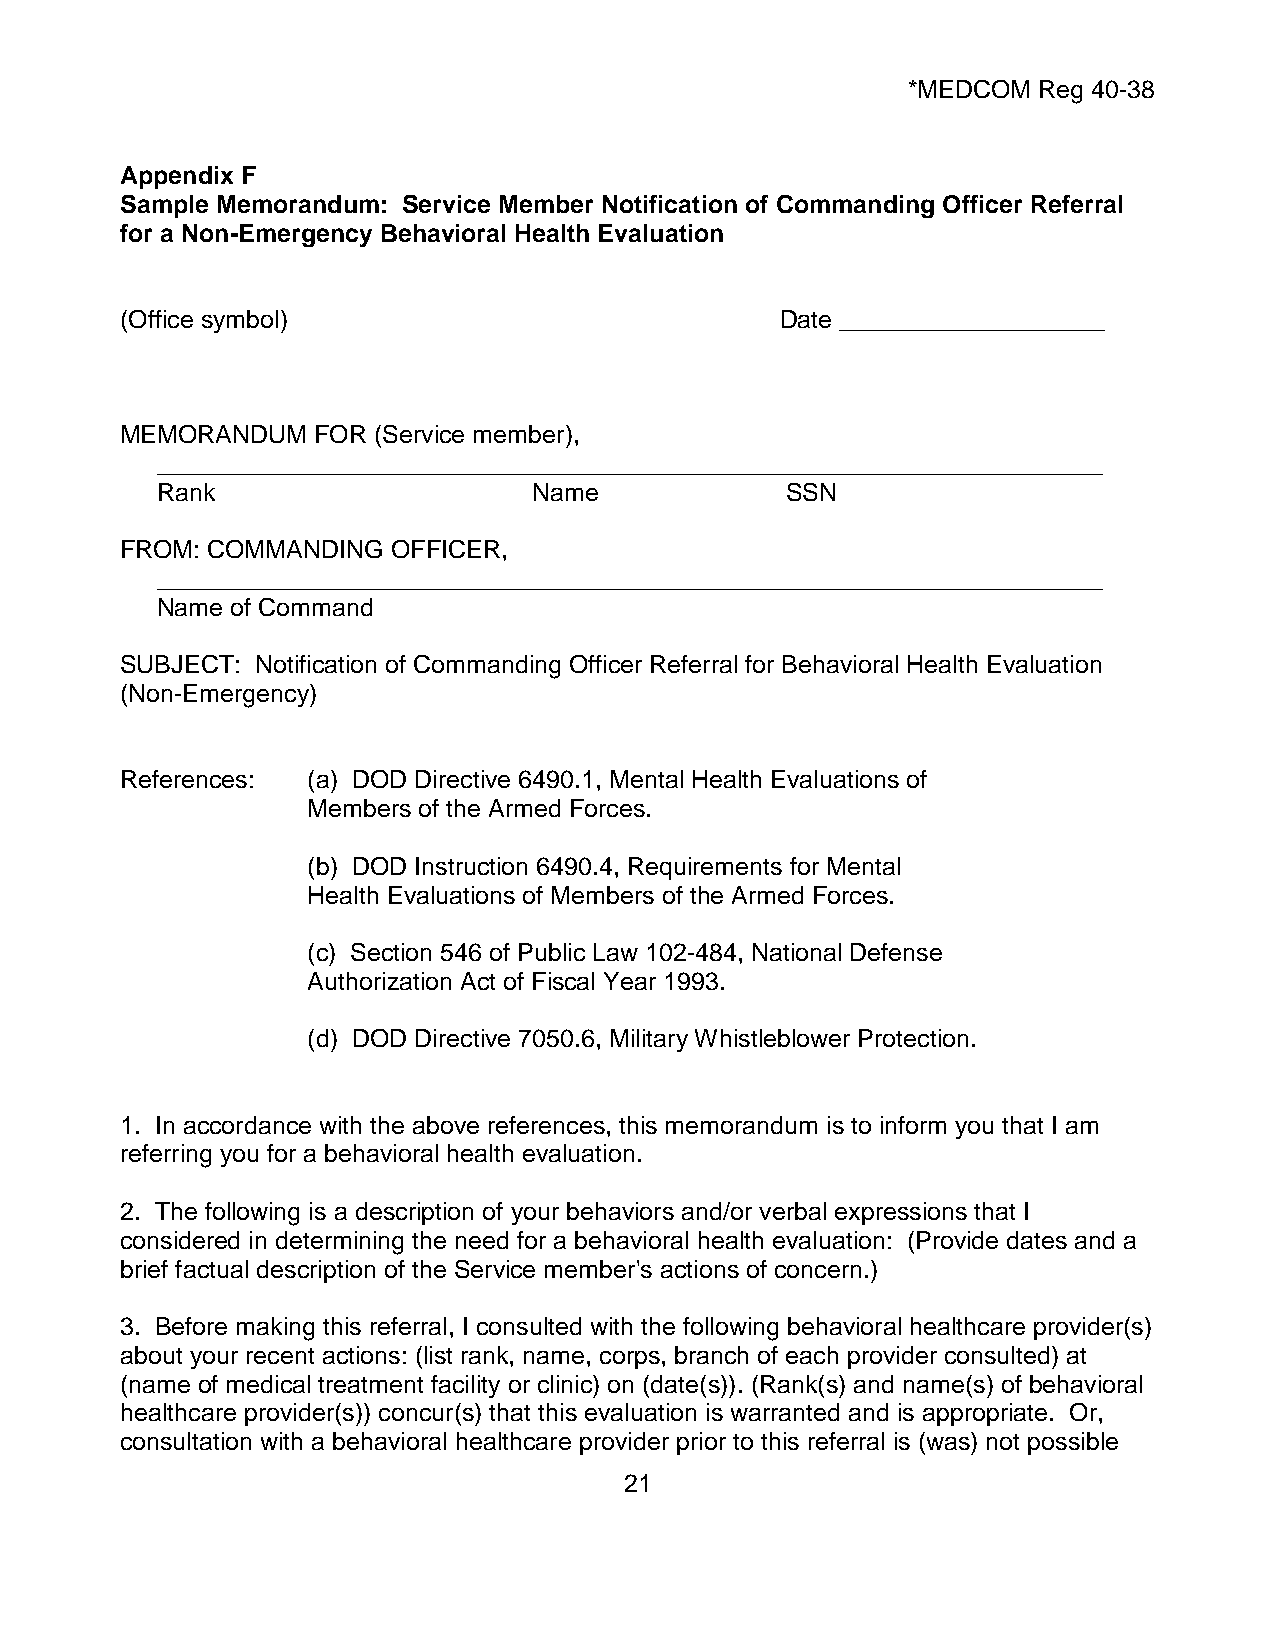
*MEDCOM  Reg 40-38
 Appendix F
 Sample Memorandum: Service Member Notification of Commanding Officer Referral
 for a Non-Emergency Behavioral Health Evaluation
 (Office symbol)                             Date ___________________
 MEMORANDUM   FOR (Service member),
 ____________________________________________________________________
 Rank                     Name             SSN
 FROM: COMMANDING  OFFICER,
 ____________________________________________________________________
 Name of Command
 SUBJECT: Notification of Commanding Officer Referral for Behavioral Health Evaluation
 (Non-Emergency)
 References: (a) DOD Directive 6490.1, Mental Health Evaluations of
 Members of the Armed Forces.
 (b) DOD Instruction 6490.4, Requirements for Mental
 Health Evaluations of Members of the Armed Forces.
 (c) Section 546 of Public Law 102-484, National Defense
 Authorization Act of Fiscal Year 1993.
 (d) DOD Directive 7050.6, Military Whistleblower Protection.
 1. In accordance with the above references, this memorandum is to inform you that I am
 referring you for a behavioral health evaluation.
 2. The following is a description of your behaviors and/or verbal expressions that I
 considered in determining the need for a behavioral health evaluation: (Provide dates and a
 brief factual description of the Service member's actions of concern.)
 3. Before making this referral, I consulted with the following behavioral healthcare provider(s)
 about your recent actions: (list rank, name, corps, branch of each provider consulted) at
 (name of medical treatment facility or clinic) on (date(s)). (Rank(s) and name(s) of behavioral
 healthcare provider(s)) concur(s) that this evaluation is warranted and is appropriate. Or,
 consultation with a behavioral healthcare provider prior to this referral is (was) not possible
 21